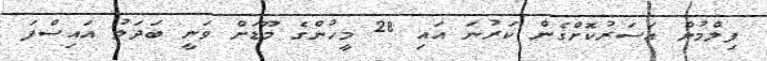
ފިލްމުން އަސަރުކޮށްގެން ކަރުނަ އައި 28 މީހުންގެ މޫޑަށް ވަނީ ބަދަލު އައިސްފަ